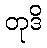
တုဒိ